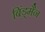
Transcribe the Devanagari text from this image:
बिंड्मैन